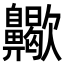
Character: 𪗀